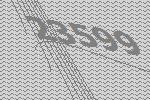
23599